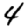
Digit: 4